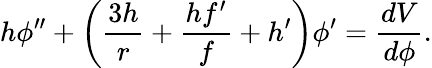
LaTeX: h\phi^{\prime\prime}+\left(\frac{3h}{r}+\frac{hf^{\prime}}{f}+h^{\prime}\right)\phi^{\prime}=\frac{dV}{d\phi}.